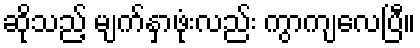
ဆိုသည့် မျက်နှာဖုံးလည်း ကွာကျလေပြီ။